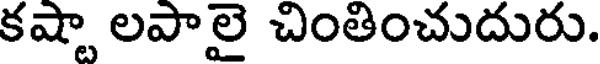
కష్టా లపాలై చింతించుదురు.